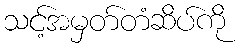
သင့်အမှတ်တံဆိပ်ကို